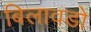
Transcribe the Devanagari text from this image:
बिलावडो